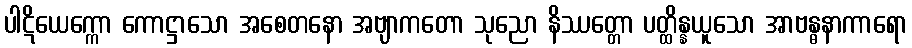
ပါဋိယေက္ကော ကောဋ္ဌာသော အစေတနော အဗျာကတော သုညော နိဿတ္တော ပတ္ထိန္နယူသော အာဗန္ဓနာကာရော